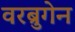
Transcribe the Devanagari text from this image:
वरब्रुगेन